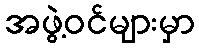
အဖွဲ့ဝင်များမှာ